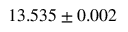
1 3 . 5 3 5 \pm 0 . 0 0 2